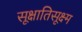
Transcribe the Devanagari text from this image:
सूक्षातिसूक्ष्म